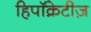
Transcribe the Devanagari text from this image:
हिपॉक्रेटीज़